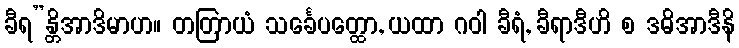
ခီရ”န္တိအာဒိမာဟ။ တတြာယံ သင်္ခေပတ္ထော, ယထာ ဂဝါ ခီရံ, ခီရာဒီဟိ စ ဒဓိအာဒီနိ